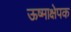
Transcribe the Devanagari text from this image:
ऊष्माक्षेपक